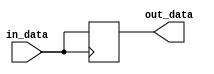
module io_low_power_buffer (
    input wire in_data,
    output reg out_data
);

// Low-power buffer design with reduced drive strength and power-saving features
// Add any necessary logic to adjust power consumption based on activity of output signals

always @ (posedge in_data) begin
    // Implement logic to monitor activity of output signals
    // Adjust power consumption accordingly
    out_data <= in_data;
end

endmodule